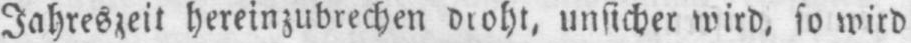
Jahreszeit hereinzubrechen droht, unsicher wird, so wird